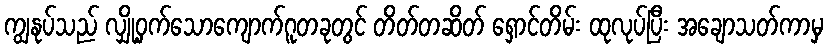
ကျွနုပ်သည် လျှို့ဝှက်သောကျောက်ဂူတခုတွင် တိတ်တဆိတ် ရှောင်တိမ်း ထုလုပ်ပြီး အချောသတ်ကာမှ